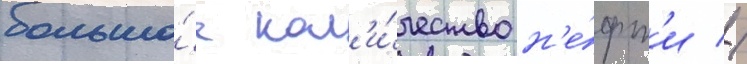
большо́е кол'и́чество н'е́фт'и //